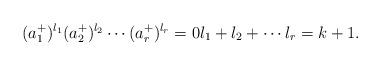
LaTeX: \begin{align*}(a^+_1)^{l_1} (a^+_2)^{l_2} \cdots (a^+_r)^{l_r} = 0 l_1 + l_2+\cdots l_r = k+1.\end{align*}